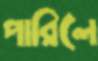
পারিলে